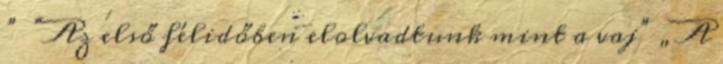
” “Az első félidőben elolvadtunk mint a vaj” „A